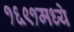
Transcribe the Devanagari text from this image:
१६९१मध्ये